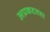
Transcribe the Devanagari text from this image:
अप्रकटतता